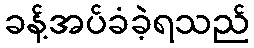
ခန့်အပ်ခံခဲ့ရသည်